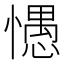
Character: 㦙